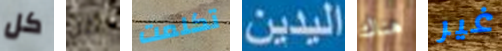
كل كل تكلمت اليدين هناك غير